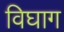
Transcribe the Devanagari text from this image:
विघाग